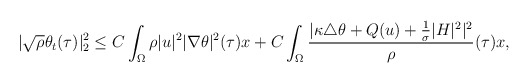
\begin{align*}|\sqrt{\rho}\theta_t(\tau)|^2_2\leq C\int_{\Omega} \rho |u|^2|\nabla \theta|^2(\tau)x+C\int_{\Omega} \frac{|\kappa\triangle \theta+Q(u)+\frac{1}{\sigma}|H|^2|^2}{\rho}(\tau)x,\end{align*}